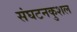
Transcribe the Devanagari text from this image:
संघटनकुशल